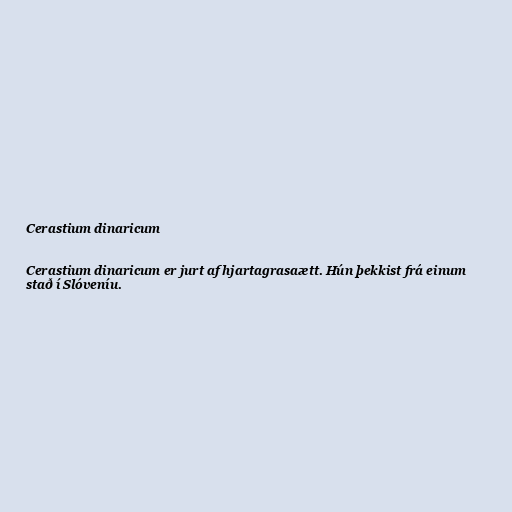
Cerastium dinaricum

Cerastium dinaricum er jurt af hjartagrasaætt. Hún þekkist frá einum
stað í Slóveníu.